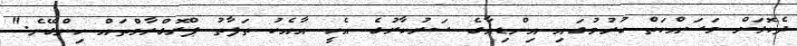
ދެކޮޅަށް މަސައްކަތް ކުރުމުގައި އިންޑިއާގެ ސަރުކާރުގެ އެހީ އާއެކު ތަފާތު ޕްރޮގްރާމްތައް ހިންގޭނެ."